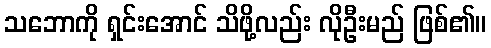
သဘောကို ရှင်းအောင် သိဖို့လည်း လိုဦးမည် ဖြစ်၏။